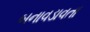
બનાવડાવતા